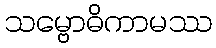
သမ္ဗောဓိကာမဿ